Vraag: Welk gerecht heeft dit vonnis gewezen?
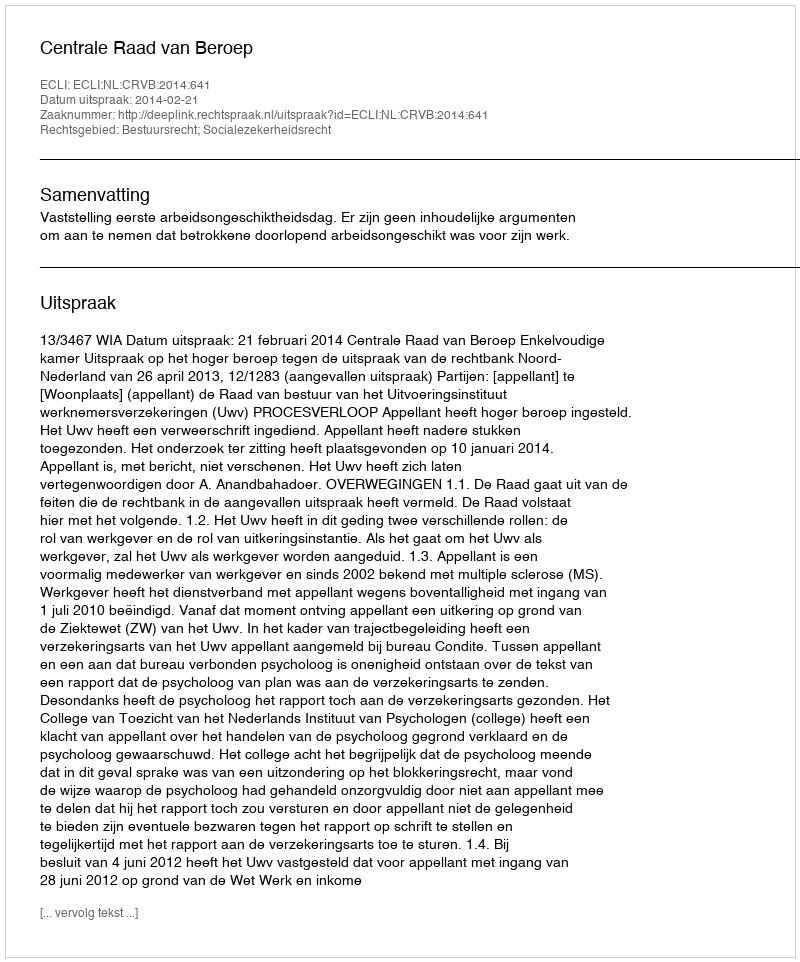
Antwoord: Centrale Raad van Beroep